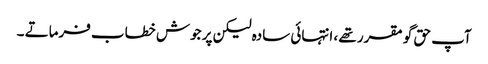
آپ حق گو مقرر تھے ، انتہائی سادہ لیکن پر جوش خطاب فرماتے ۔